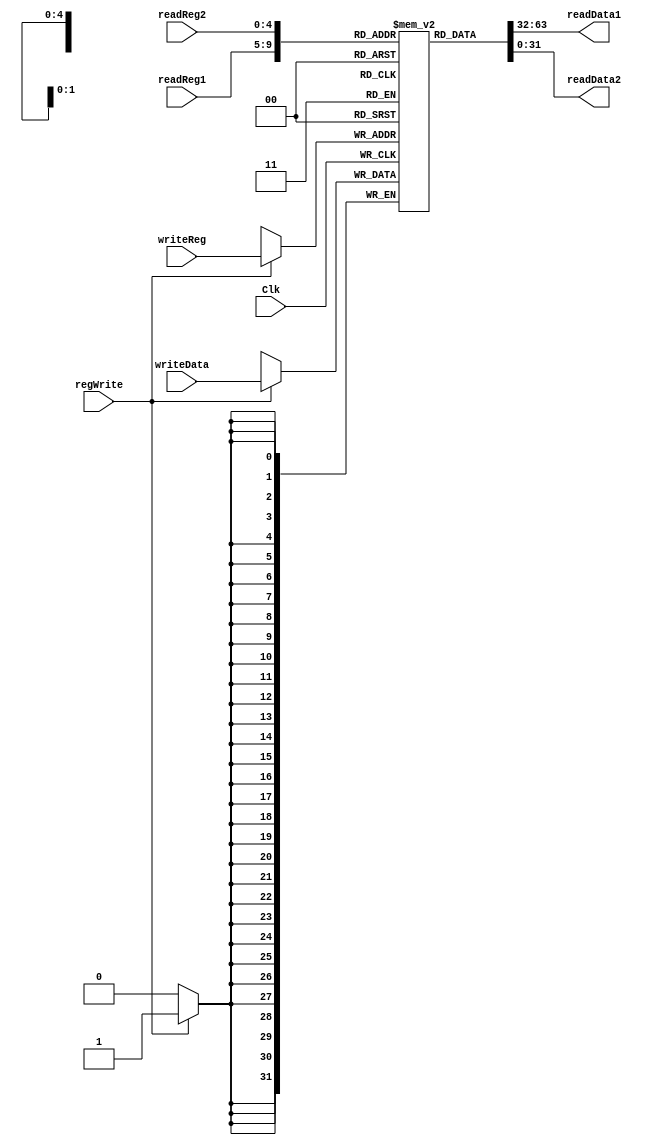
`timescale 1ns / 1ps
//////////////////////////////////////////////////////////////////////////////////
// Company: 
// Engineer: 
// 
// Design Name: 
// Module Name: Registers
// Project Name: 
// Target Devices: 
// Tool Versions: 
// Description: 
// 
// Dependencies: 
// 
// Revision:
// Revision 0.01 - File Created
// Additional Comments:
// 
//////////////////////////////////////////////////////////////////////////////////


module Registers(
    input Clk,
    input [25:21] readReg1,
    input [20:16] readReg2,
    input [4:0] writeReg,
    input [31:0] writeData,
    input regWrite,
    output [31:0] readData1,
    output [31:0] readData2
    );

    reg [31:0] regFile[31:0];
    integer i;
    initial begin
        for (i = 0; i < 32; i = i + 1)
            regFile[i] <= 0;
    end

    assign readData1 = regFile[readReg1];
    assign readData2 = regFile[readReg2];

//    always @(readReg1 or readReg2 or writeReg) begin
        
//    end

    always @(negedge Clk) begin
        if (regWrite) regFile[writeReg] <= writeData;
    end
endmodule